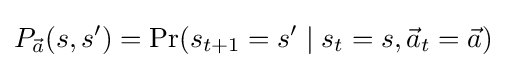
P_{\vec {a}}(s,s')=\Pr(s_{t+1}=s'\mid s_{t}=s,{\vec {a}}_{t}={\vec {a}})